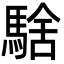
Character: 騇